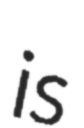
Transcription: is